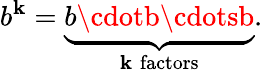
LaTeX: b^{\mathbf{k}}=\underbrace{{b\cdotb\cdotsb}}_{\mathbf{k}\; {\mathrm{{factors}}}}.